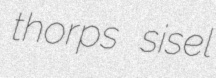
thorps sisel